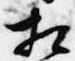
相